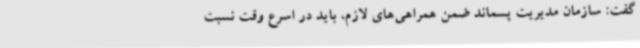
گفت: سازمان مدیریت پسماند ضمن همراهی‌های لازم، باید در اسرع وقت نسبت